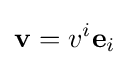
\mathbf {v} =v^{i}\mathbf {e} _{i}